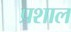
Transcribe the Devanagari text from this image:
प्रशाल